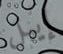
إيبل